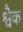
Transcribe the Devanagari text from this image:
श्वैक